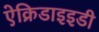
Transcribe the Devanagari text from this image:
ऐक्रिडाइइडी